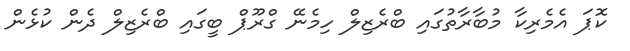
ކޮޕަ އެމެރިކާ މުބާރާތުގައި ބްރެޒިލް ހިމެނޭ ގްރޫޕް ބީގައި ބްރެޒިލް ދެން ކުޅެން